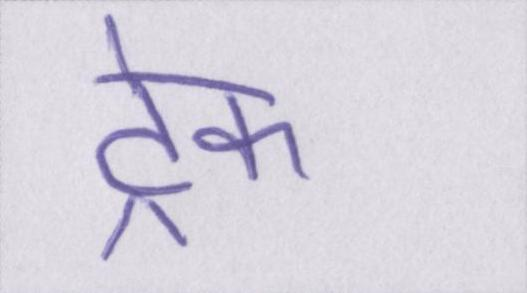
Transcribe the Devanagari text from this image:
ट्रेक